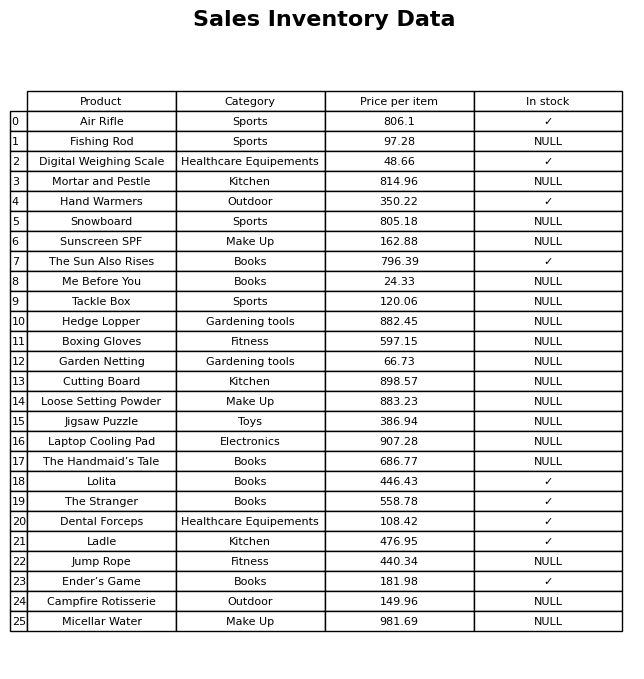
question: What is the price of the Mortar and Pestle?
answer: The price of Mortar and Pestle is 814.96.